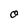
Character: O